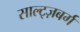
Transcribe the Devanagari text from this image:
साल्ट्ज़बर्ग